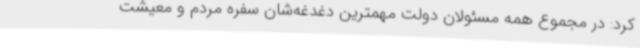
کرد: در مجموع همه مسئولان دولت مهمترین دغدغه‌شان سفره مردم و معیشت